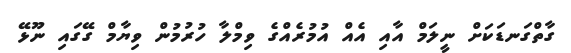
ގާތްގަނޑަކަށް ނީލަމް އާއި އެއް އުމުރެއްގެ ވިމްލާ ހުރުމުން ވިޔާމް ގޭގައި ނޫޅޭ